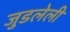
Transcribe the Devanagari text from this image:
जुडलेली